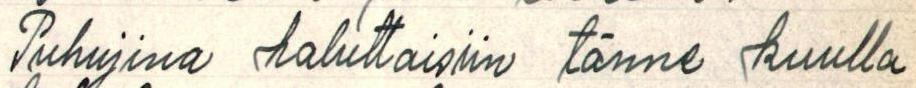
Puhujina haluttaisiin tänne kuulla